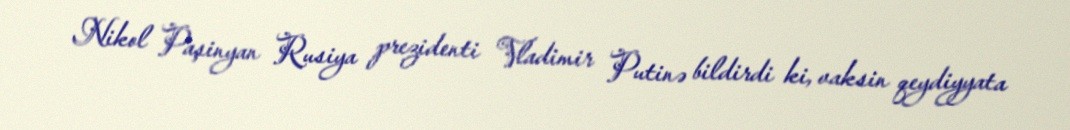
Nikol Paşinyan Rusiya prezidenti Vladimir Putinə bildirdi ki, vaksin qeydiyyata